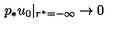
p _ { * } u _ { 0 } | _ { r ^ { * } = - \infty } \rightarrow 0